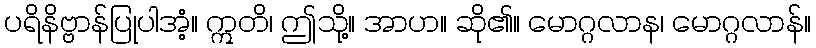
ပရိနိဗ္ဗာန်ပြုပါအံ့။ ဣတိ၊ ဤသို့။ အာဟ။ ဆို၏။ မောဂ္ဂလာန၊ မောဂ္ဂလာန်။